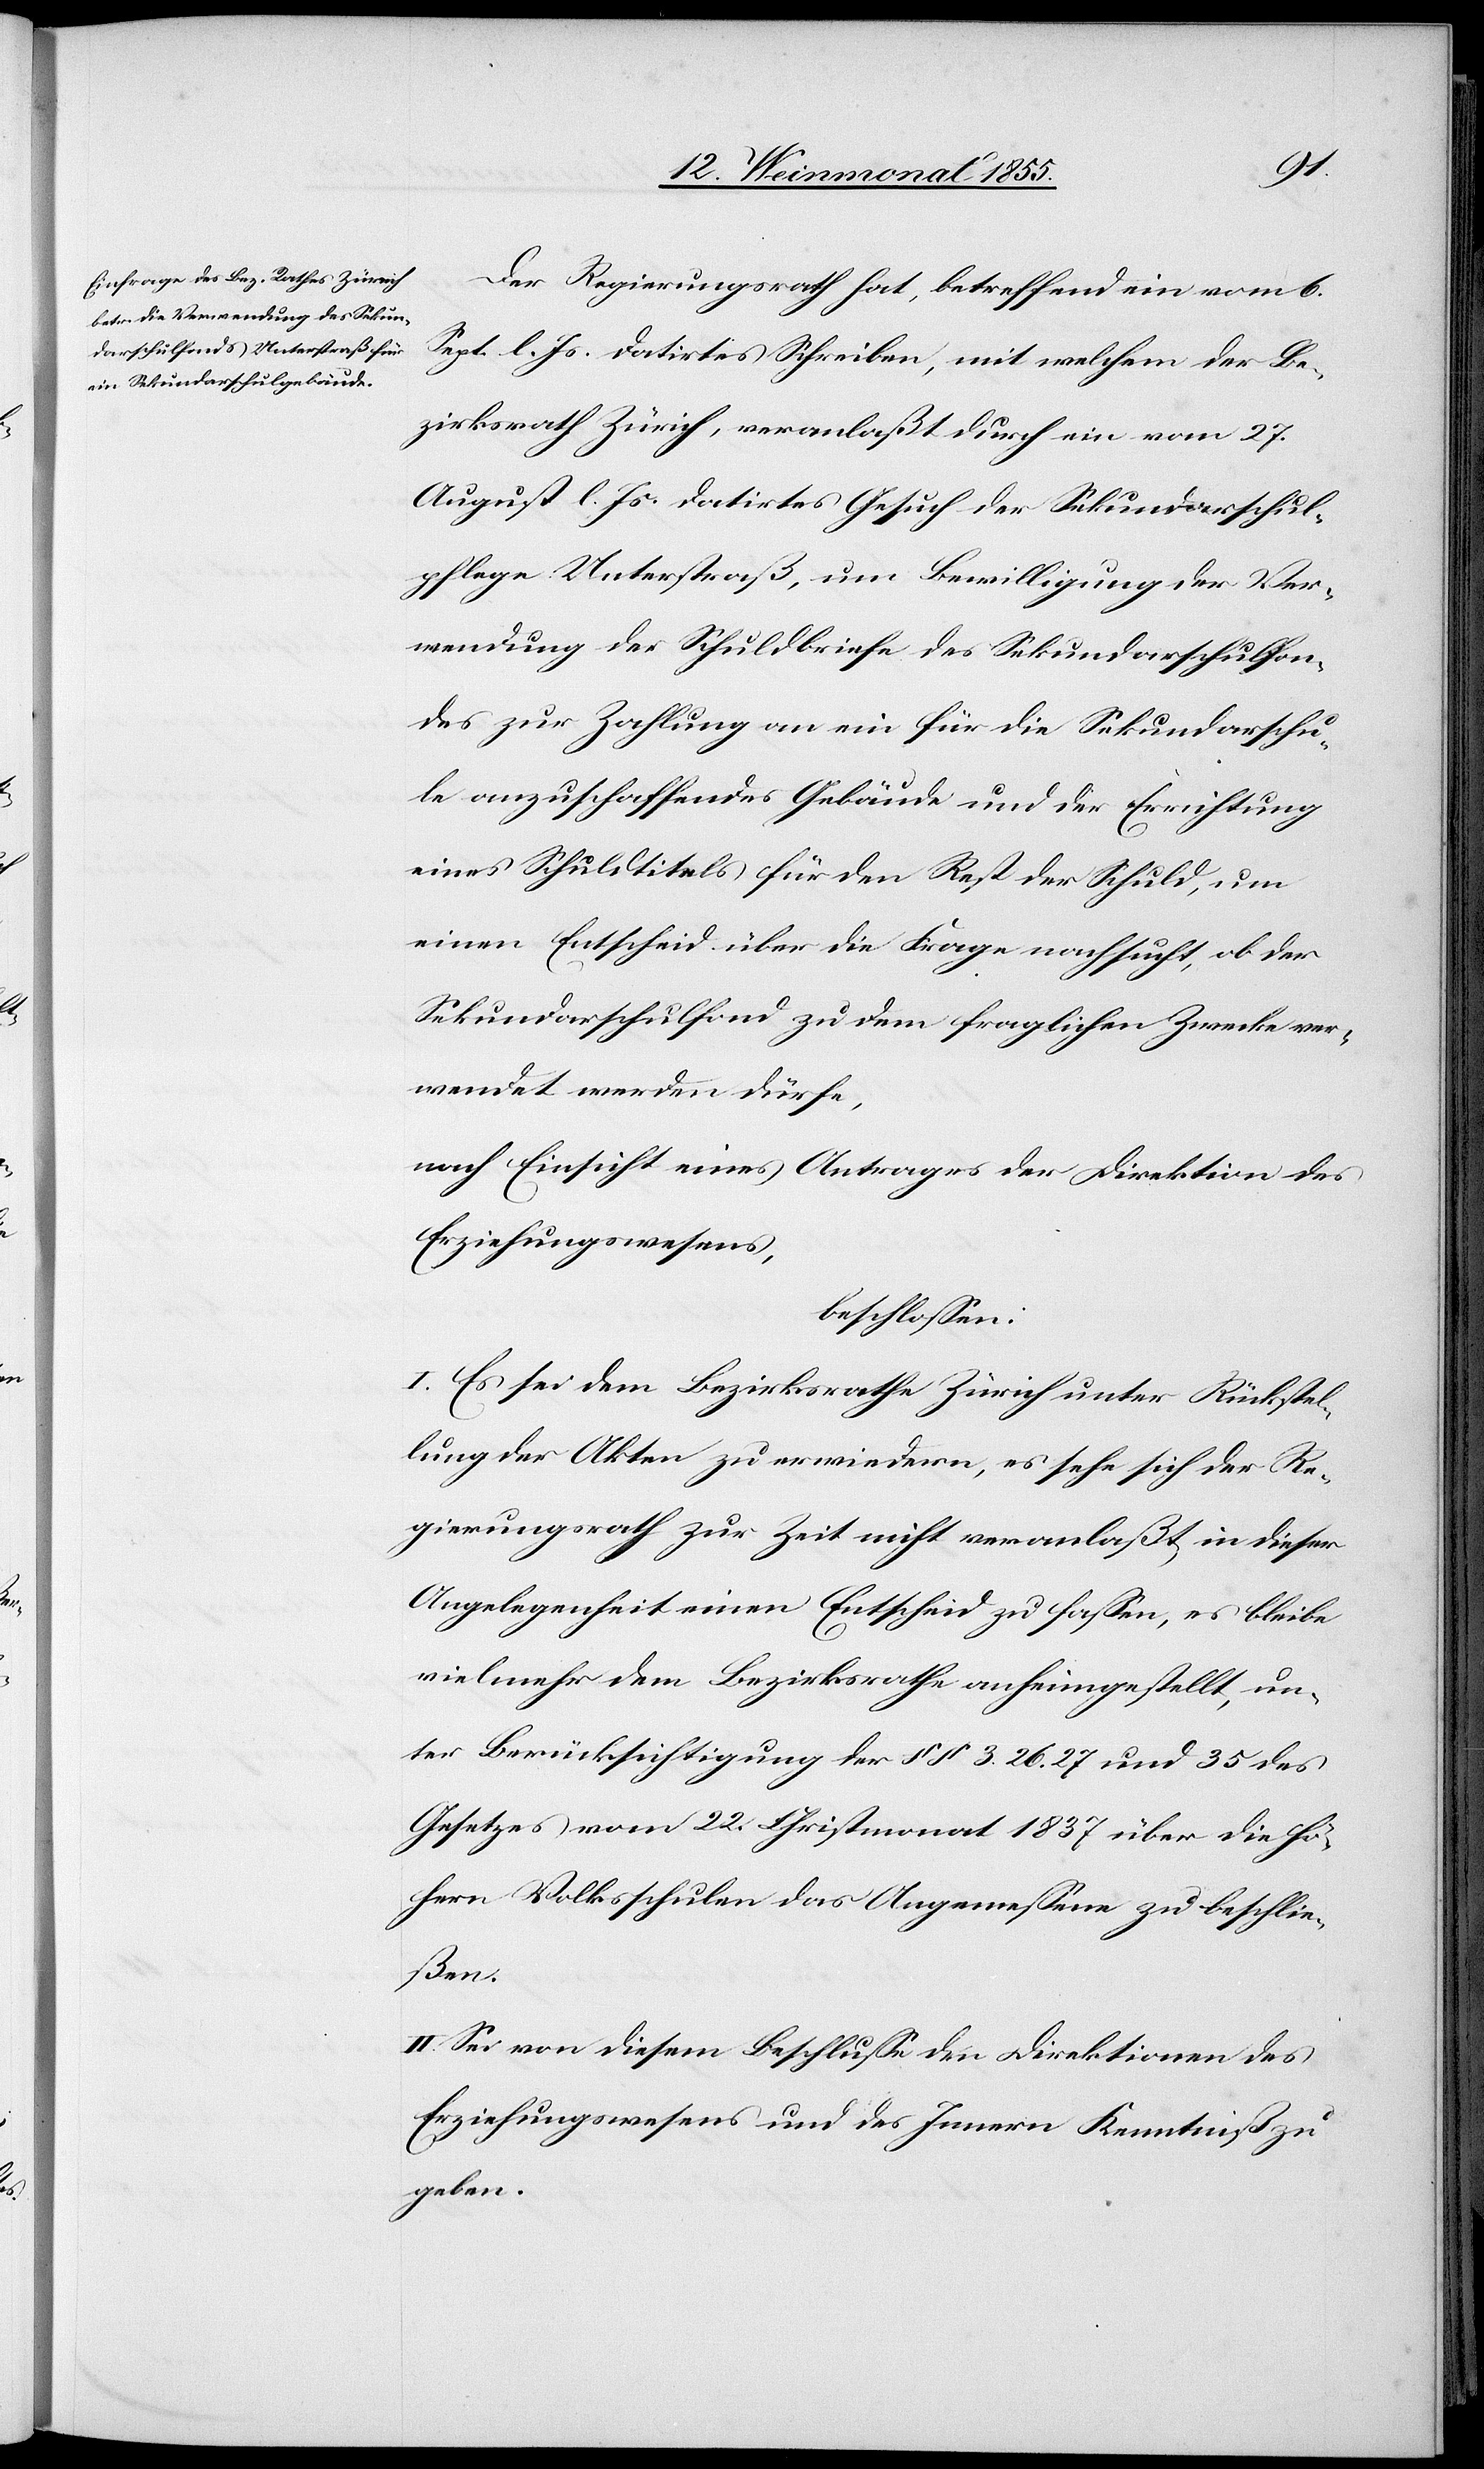
Der Regierungsrath hat, betreffend ein vom 6.
Sept. l. Js. datirtes Schreiben, mit welchem der Be¬
zirksrath Zürich, veranlaßt durch ein vom 27.
August l. Js. datirtes Gesuch der Sekundarschul¬
pflege Unterstraß, um Bewilligung der Ver¬
wendung der Schuldbriefe des Sekundarschulfon¬
des zur Zahlung an ein für die Sekundarschu¬
le anzuschaffendes Gebäude und der Errichtung
eines Schuldtitels für den Rest der Schuld, um
einen Entscheid über die Frage nachsucht, ob der
Sekundarschulfond zu dem fraglichen Zwecke ver¬
wendet werden dürfe,
nach Einsicht eines Antrages der Direktion des
Erziehungswesens,
beschlossen:
I. Es sei dem Bezirksrathe Zürich unter Rückstel¬
lung der Akten zu erwiedern, es sehe sich der Re¬
gierungsrath zur Zeit nicht veranlaßt, in dieser
Angelegenheit einen Entscheid zu fassen, es bleibe
vielmehr dem Bezirksrathe anheimgestellt, un¬
ter Berücksichtigung der §§ 3. 26. 27 und 35 des
Gesetzes vom 22. Christmonat 1837 über die hö¬
hern Volksschulen das Angemessene zu beschlie¬
ßen.
II. Sei von diesem Beschlusse den Direktionen des
Erziehungswesens und des Innern Kenntniß zu
geben.